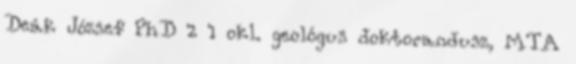
Deák József PhD 2 1 okl. geológus doktorandusz, MTA